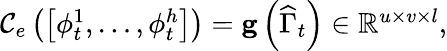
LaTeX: \begin{array}{r}{\mathcal{C}_{e}\left(\left[\phi_{t}^{1},\ldots,\phi_{t}^{h}\right]\right)=\mathbf{g}\left(\widehat{\Gamma}_{t}\right)\in\mathbb{R}^{u\times v\times l},}\end{array}